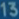
135135135